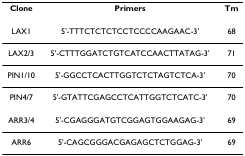
<table><thead><tr><td><b>Clone</b></td><td><b>Primers</b></td><td><b>Tm</b></td></tr></thead><tbody><tr><td>LAX1</td><td>5&#x27;-TTTCTCTCTCCTCCCCAAGAAC-3&#x27;</td><td>68</td></tr><tr><td>LAX2/3</td><td>5&#x27;-CTTTGGATCTGTCATCCAACTTATAG-3&#x27;</td><td>71</td></tr><tr><td>PIN1/10</td><td>5&#x27;-GGCCTCACTTGGTCTCTAGTCTCA-3&#x27;</td><td>70</td></tr><tr><td>PIN4/7</td><td>5&#x27;-GTATTCGAGCCTCATTGGTCTCATC-3&#x27;</td><td>70</td></tr><tr><td>ARR3/4</td><td>5&#x27;-CGAGGGATGTCGGAGTGGAAGAG-3&#x27;</td><td>69</td></tr><tr><td>ARR6</td><td>5&#x27;-CAGCGGGACGAGAGCTCTGGAG-3&#x27;</td><td>69</td></tr></tbody></table>